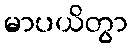
မာပယိတွာ